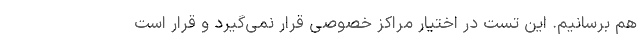
هم برسانیم. این تست در اختیار مراکز خصوصی قرار نمی‌گیرد و قرار است